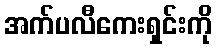
အက်ပလီကေးရှင်းကို